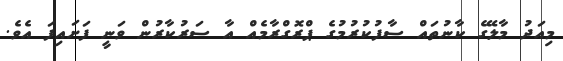
މިއަދު މާލޭގެ ކާނުތައް ސާފުކުރުމުގެ ޕްރޮގްރާމެއް އާ ސަރުކާރުން ވަނީ ފަށައިފަ އެވެ.